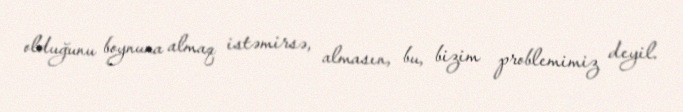
olduğunu boynuna almaq istəmirsə, almasın, bu, bizim problemimiz deyil.